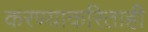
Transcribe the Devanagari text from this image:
करण्याकरिताही